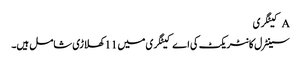
A کیٹگری
سینٹرل کانٹریکٹ کی اے کیٹگری میں 11 کھلاڑی شامل ہیں۔